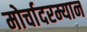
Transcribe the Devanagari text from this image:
मोर्चादरम्यान